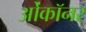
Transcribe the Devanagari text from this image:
ओंकॉनर